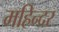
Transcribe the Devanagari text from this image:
महिन्दर